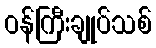
ဝန်ကြီးချုပ်သစ်